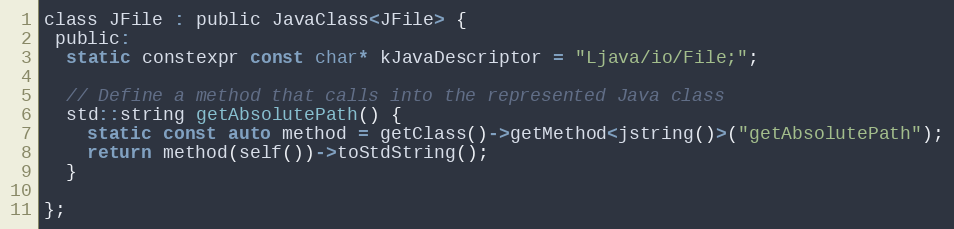
Language: C
class JFile : public JavaClass<JFile> {
 public:
  static constexpr const char* kJavaDescriptor = "Ljava/io/File;";

  // Define a method that calls into the represented Java class
  std::string getAbsolutePath() {
    static const auto method = getClass()->getMethod<jstring()>("getAbsolutePath");
    return method(self())->toStdString();
  }

};